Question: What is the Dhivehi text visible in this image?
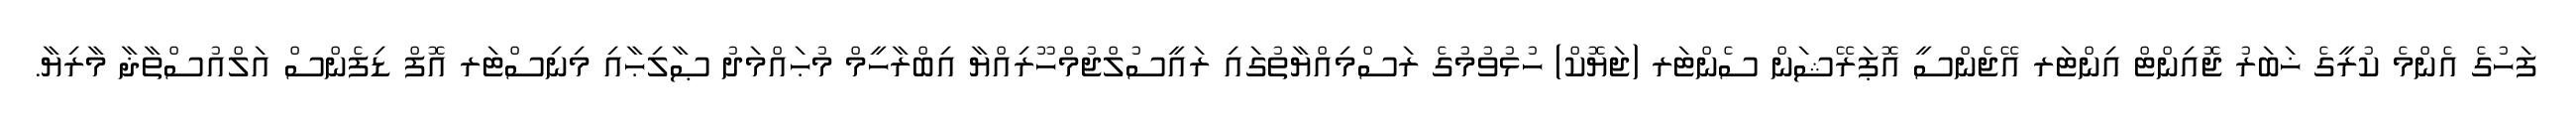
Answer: ފަހުގެ އެންމެ ކުރީގެ ޚަބަރު ޖޮއިންޓް އިންޓަރ އޭޖެންސީ އޮޕަރޭޝަން ސެންޓަރ (ޖަޔޮކް) ހުޅުވުމުގެ ރަސްމިއްޔާތުގައި ރައީސުލްޖުމްހޫރިއްޔާ އިބްރާހީމް މުޙައްމަދު ޞާލިޙާއި މިނިސްޓަރ އޮފް ޑިފެންސް އަލްއުސްތާޛާ މާރިޔާ.